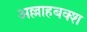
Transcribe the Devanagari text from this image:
अल्लाहबक्श